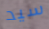
سيد